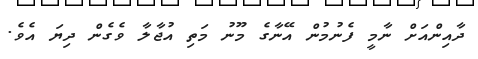
ދާއިންއަށް ނާމީ ފެނުމުން އޭނާގެ މޫނު މަތި އުޖާލާ ވެގެން ދިޔަ އެވެ.